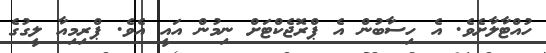
ހުއްޓާލާށެވެ. އެ ހިސާބުން އެ ޕްރޮޖެކްޓަށް ނިމުން އައީ އެވެ. ޕްރިމިއާ ލީގުގެ